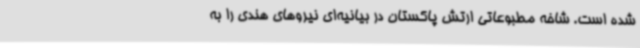
شده است. شاخه مطبوعاتی ارتش پاکستان در بیانیه‌ای نیروهای هندی را به